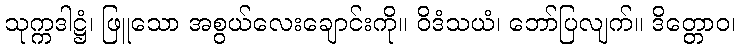
သုက္ကဒါဋ္ဌံ၊ ဖြူသော အစွယ်လေးချောင်းကို။ ဝိဒံသယံ၊ ဘော်ပြလျက်။ ဒိတ္တောဝ၊